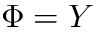
\Phi = Y